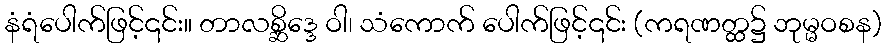
နံရံပေါက်ဖြင့်၎င်း။ တာလစ္ဆိဒ္ဒေ ဝါ၊ သံကောက် ပေါက်ဖြင့်၎င်း (ကရဏတ္ထ၌ ဘုမ္မဝစန)